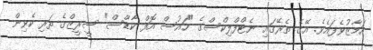
އަމާޒުވެފައެވެ. އޭގެ ތެރޭގައި ނެޓްފްލިކްސްގެ "ހައުސް އޮފް ކާޑްސް" ސީރީޒްގެ ތަރި ކެވިން